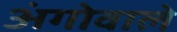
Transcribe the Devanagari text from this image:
अंगोवाले